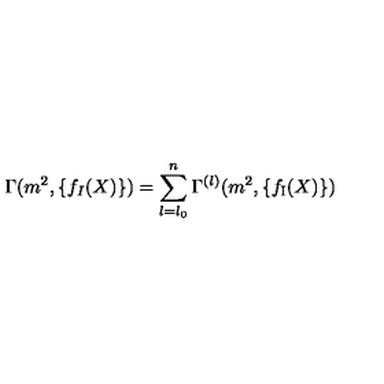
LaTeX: \Gamma ( m ^ { 2 } , \{ f _ { I } ( X ) \} ) = \sum _ { l = l _ { 0 } } ^ { n } \Gamma ^ { ( l ) } ( m ^ { 2 } , \{ f _ { \mathrm { \scriptsize { I } } } ( X ) \} )